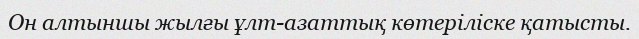
Он алтыншы жылғы ұлт-азаттық көтеріліске қатысты.